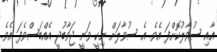
އާއި ސުވާލުކޮށްފަ އެވެ. އެ ސުވާލަށް ނިކީ ވަނީ ޖަވާބުދީ އެއްބަސްވެފަ އެވެ.